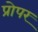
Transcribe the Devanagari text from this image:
प्रोपर